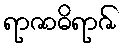
ရာဇာဓိရာဇ်